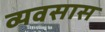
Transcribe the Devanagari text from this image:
व्यवसास